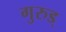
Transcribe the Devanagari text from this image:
गुरुड्